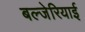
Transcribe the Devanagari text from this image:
बल्जेरियाई